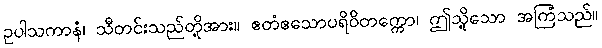
ဥပါသကာနံ၊ သီတင်းသည်တို့အား။ ဧတံဧသောပရိဝိတက္ကော၊ ဤသို့သော အကြံသည်။